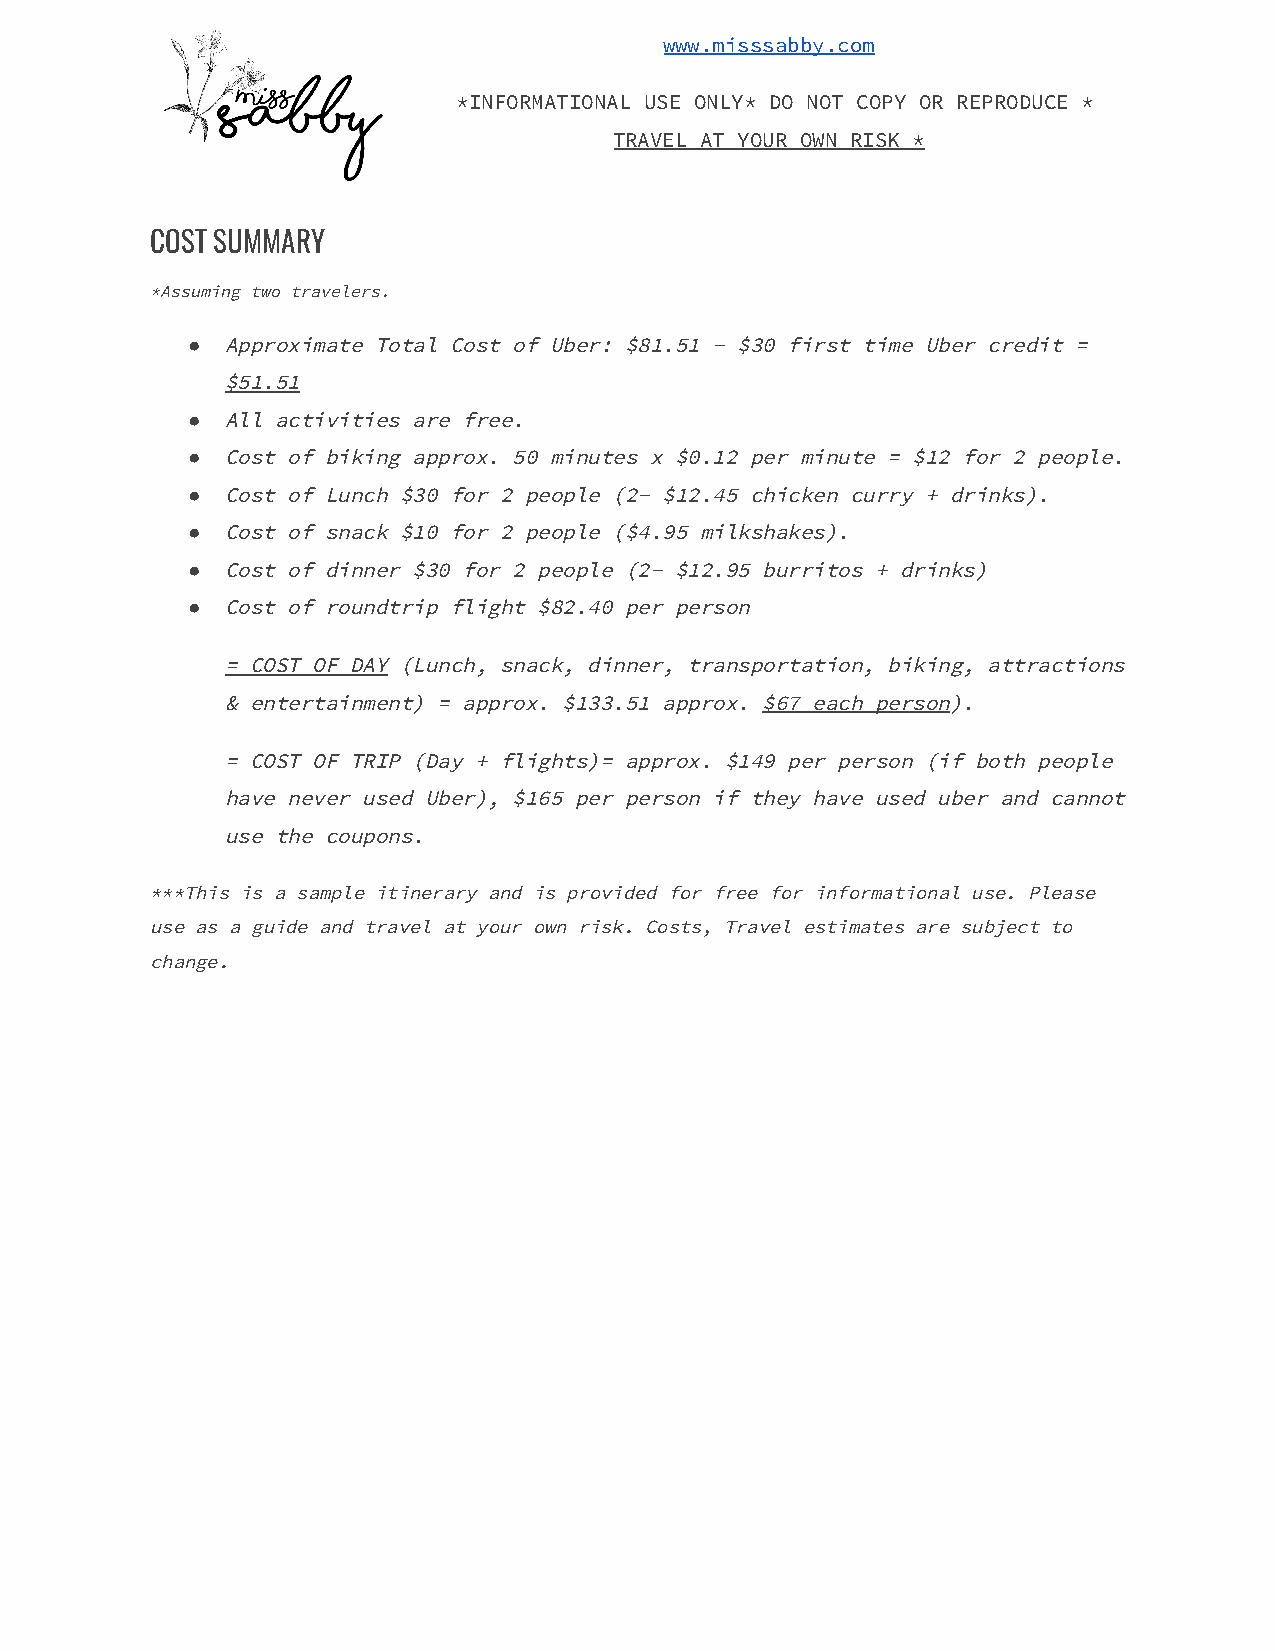
www.misssabby.com
 *INFORMATIONAL USE ONLY* DO NOT COPY OR REPRODUCE *
 TRAVEL AT YOUR OWN RISK *
 COST SUMMARY
 *Assuming two travelers.
 ●  Approximate Total Cost of Uber: $81.51 - $30 first time Uber credit =
 $51.51
 ●  All activities are free.
 ●  Cost of biking approx. 50 minutes x $0.12 per minute = $12 for 2 people.
 ●  Cost of Lunch $30 for 2 people (2- $12.45 chicken curry + drinks).
 ●  Cost of snack $10 for 2 people ($4.95 milkshakes).
 ●  Cost of dinner $30 for 2 people (2- $12.95 burritos + drinks)
 ●  Cost of roundtrip flight $82.40 per person
 = COST OF DAY (Lunch, snack, dinner, transportation, biking, attractions
 ​
 & entertainment) = approx. $133.51 approx. $67 each person).
 ​            ​
 = COST OF TRIP (Day + flights)= approx. $149 per person (if both people
 have never used Uber), $165 per person if they have used uber and cannot
 use the coupons.
 ***This is a sample itinerary and is provided for free for informational use. Please
 use as a guide and travel at your own risk. Costs, Travel estimates are subject to
 change.